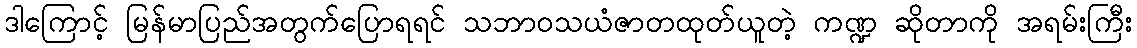
ဒါကြောင့် မြန်မာပြည်အတွက်ပြောရရင် သဘာဝသယံဇာတထုတ်ယူတဲ့ ကဏ္ဍ ဆိုတာကို အရမ်းကြီး